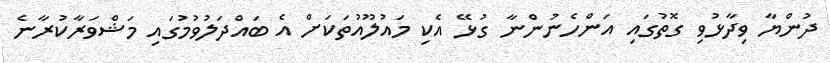
ދުންޔާ ވިދާޅުވި ގޮތުގައި އަންހެނުންނާ ގުޅޭ އެކި މައުލޫއުތަކަށް އެ ބައްދަލުވުމުގައި މަޝްވަރާކުރާނެ